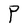
Character: P